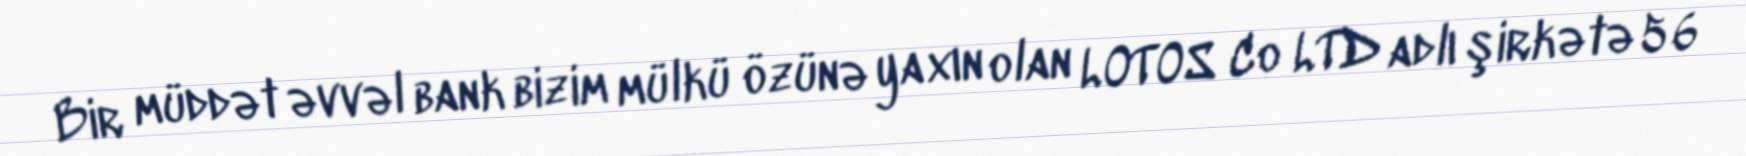
Bir müddət əvvəl bank bizim mülkü özünə yaxın olan LOTOS Co LTD adlı şirkətə 56